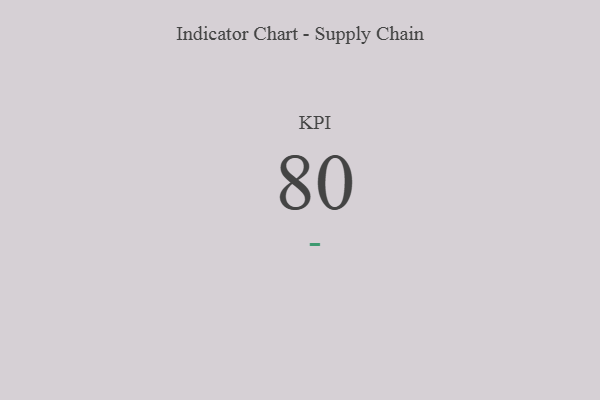
{"axis": {"x": "KPI", "y": "Value"}, "legend": [""], "data": [{"x": "KPI", "y": 80, "type": ""}]}